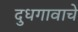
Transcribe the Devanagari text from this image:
दुधगावाचे